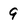
Character: 9